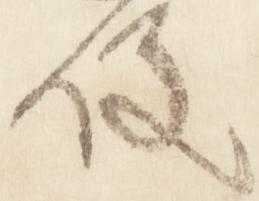
役